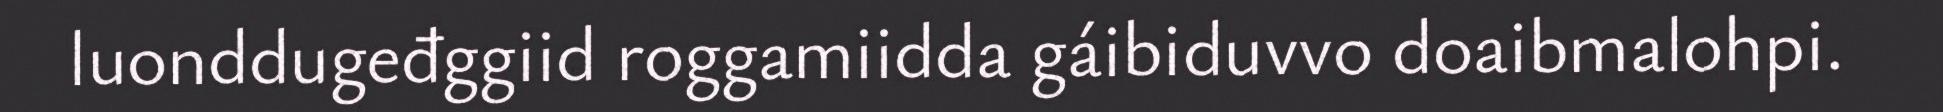
luonddugeđggiid roggamiidda gáibiduvvo doaibmalohpi.